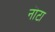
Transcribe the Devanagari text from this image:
नॊटा